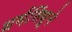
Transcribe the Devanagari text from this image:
धर्मसिंधूने